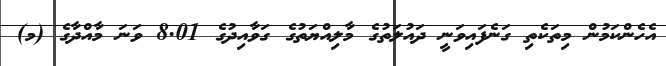
އެހެންކަމުން މިތަކެތި ގަނެފައިވަނީ ދައުލަތުގެ މާލިއްޔަތުގެ ގަވާއިދުގެ 8.01 ވަނަ މާއްދާގެ (މ)